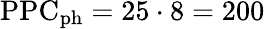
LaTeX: \mathrm{PPC_{\mathrm{ph}}=25\cdot 8=200}